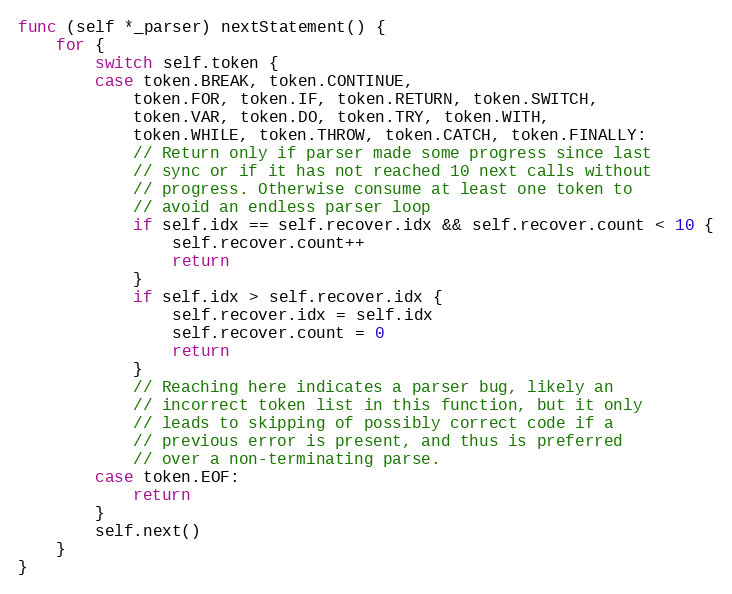
Language: Go
func (self *_parser) nextStatement() {
	for {
		switch self.token {
		case token.BREAK, token.CONTINUE,
			token.FOR, token.IF, token.RETURN, token.SWITCH,
			token.VAR, token.DO, token.TRY, token.WITH,
			token.WHILE, token.THROW, token.CATCH, token.FINALLY:
			// Return only if parser made some progress since last
			// sync or if it has not reached 10 next calls without
			// progress. Otherwise consume at least one token to
			// avoid an endless parser loop
			if self.idx == self.recover.idx && self.recover.count < 10 {
				self.recover.count++
				return
			}
			if self.idx > self.recover.idx {
				self.recover.idx = self.idx
				self.recover.count = 0
				return
			}
			// Reaching here indicates a parser bug, likely an
			// incorrect token list in this function, but it only
			// leads to skipping of possibly correct code if a
			// previous error is present, and thus is preferred
			// over a non-terminating parse.
		case token.EOF:
			return
		}
		self.next()
	}
}